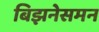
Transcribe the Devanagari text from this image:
बिझनेसमन